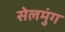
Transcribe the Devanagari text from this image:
सेलमुंग